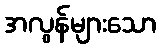
အလွန်များသော